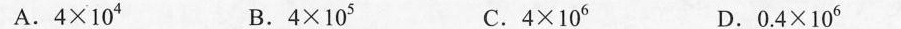
A.$$4 × 1 0 ^ { 4 }$$ B.$$4 × 1 0 ^ { 5 }$$ C.$$4 × 1 0 ^ { 6 }$$